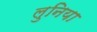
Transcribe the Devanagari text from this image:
लुनिया